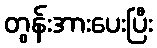
တွန်းအားပေးပြီး